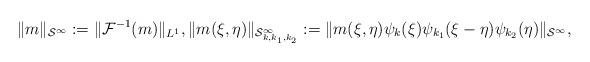
LaTeX: \begin{align*}\| m\|_{\mathcal{S}^\infty}:=\|\mathcal{F}^{-1}(m)\|_{L^1}, \|m(\xi,\eta)\|_{\mathcal{S}^\infty_{k,k_1,k_2}}:=\|m(\xi, \eta)\psi_k(\xi)\psi_{k_1}(\xi-\eta)\psi_{k_2}(\eta)\|_{\mathcal{S}^\infty},\end{align*}